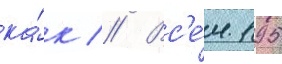
ка́к // Вс'е́м 195